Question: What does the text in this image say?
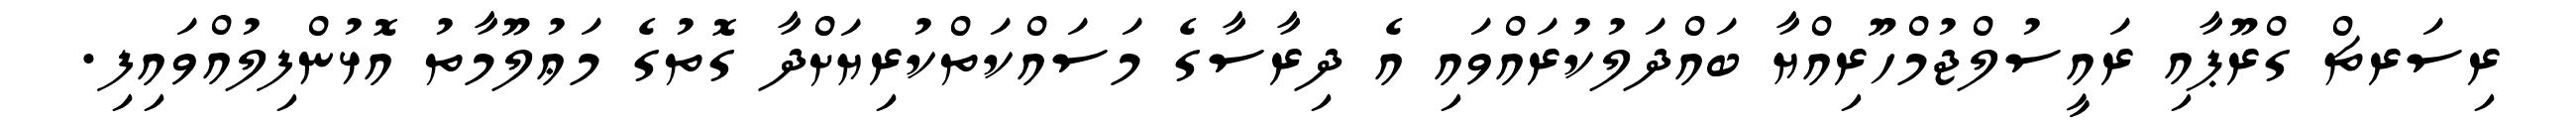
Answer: ރިސަރޗް ގްރޫޕާއި ރައީސުލްޖުމްހޫރިއްޔާ ބައްދަލުކުރައްވައި އެ ދިރާސާގެ މަސައްކަތްކުރިޔަށްދާ ގޮތުގެ މަޢުލޫމާތު އޮޅުންފިލުއްވައިފި.